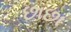
છાછા